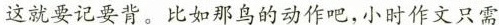
这就要记要背。比如那鸟的动作吧，小时作文只需